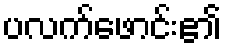
ပလက်ဖောင်း၏